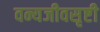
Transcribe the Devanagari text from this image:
वन्यजीवसृष्टी